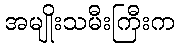
အမျိုးသမီးကြီးက